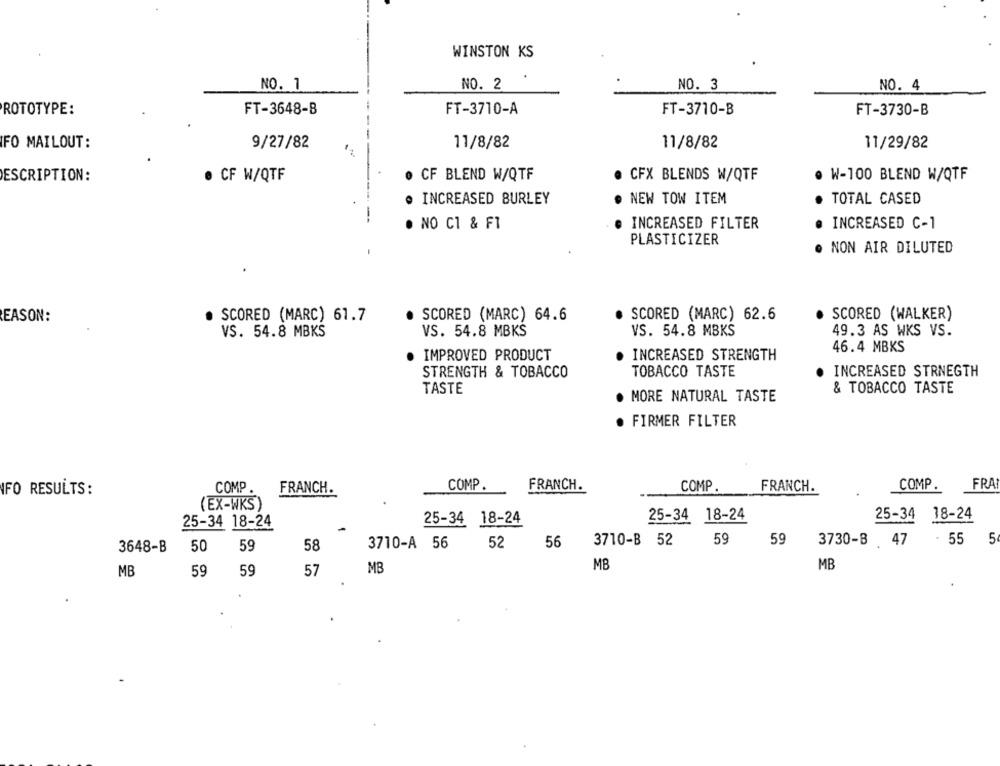
WINSTON KS
NO. 1
NO. 2
NO. 3
NO. 4
ROTOTYPE:
FT-3648-B
FT-3710-A
FT-3710-B
FT-3730-B
FO MAILOUT:
9/27/82
11/8/82
11/8/82
11/29/82
CF BLEND W/QTF
CFX BLENDS W/QTF
. W-100 BLEND W/QTF
ESCRIPTION:
· CF W/QTF
INCREASED BURLEY
NEW TOW ITEM
TOTAL CASED
NO CI & FI
INCREASED FILTER
INCREASED C-1
PLASTICIZER
NON AIR DILUTED
SCORED (WALKER)
EASON:
SCORED (MARC) 61.7
SCORED (MARC) 64.6
SCORED (MARC) 62.6
VS. 54.8 MBKS
VS. 54.8 MBKS
VS. 54.8 MBKS
49.3 AS WKS VS.
46.4 MBKS
IMPROVED PRODUCT
INCREASED STRENGTH
STRENGTH & TOBACCO
TOBACCO TASTE
INCREASED STRNEGTH
TASTE
& TOBACCO TASTE
· MORE NATURAL TASTE
. FIRMER FILTER
COMP .
FRANCH.
COMP.
FRANCH.
COMP
FRANCH.
COMP
FRA
FO RESULTS:
(EX-WKS)
25-34 18-24
25-34 18-24
25-34 18-24
25-34 18-24
3710-A 56
52
56
3710-B 52
59
59
3730-B 47
. 55 5
3648-B
50
59
58
MB
MB
MB
MB
59
59
57